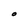
Character: O